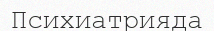
Психиатрияда